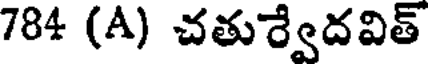
784 (A) చతుర్వేదవిత్